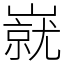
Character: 㠇